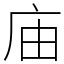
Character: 庙